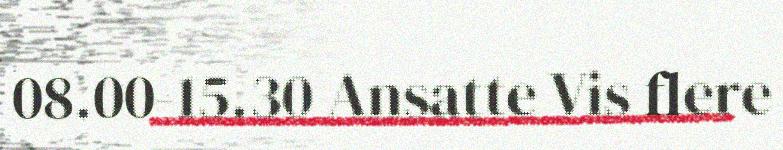
08.00-15.30 Ansatte Vis flere